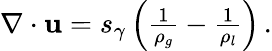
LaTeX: \begin{array}{r}{\nabla\cdot\mathbf{u}=s_{\gamma}\left(\frac{1}{\rho_{g}}-\frac{1}{\rho_{l}}\right)\, .}\end{array}